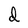
Character: d